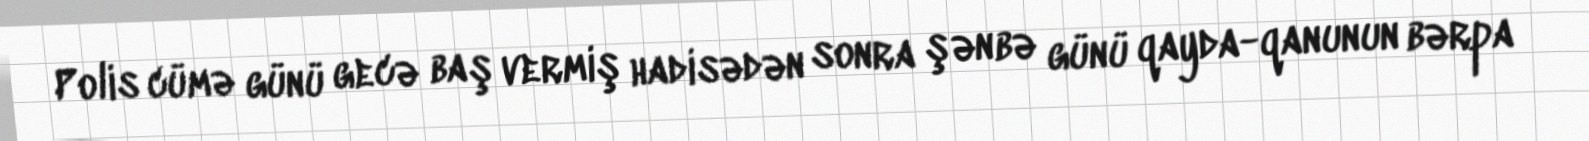
Polis cümə günü gecə baş vermiş hadisədən sonra şənbə günü qayda-qanunun bərpa